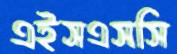
এইসএসসি